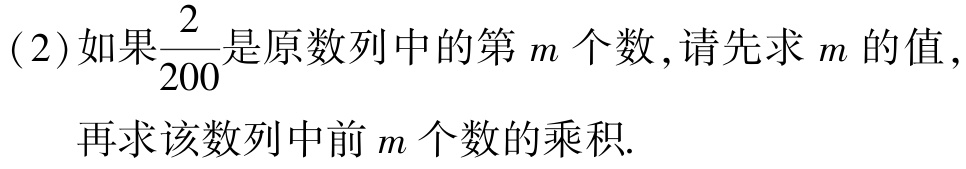
(2)如果$\frac{2}{200}$是原数列中的第$m$个数,请先求$m$的值,
    再求该数列中前$m$个数的乘积.